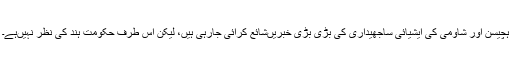
ہچیسن اور شاؤمی کی ایشیائی ساجھیداری کی بڑی بڑی خبریںشائع کرائی جارہی ہیں، لیکن اس طرف حکومت ہند کی نظر نہیںہے۔